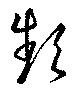
頻